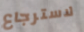
لاسترجاع